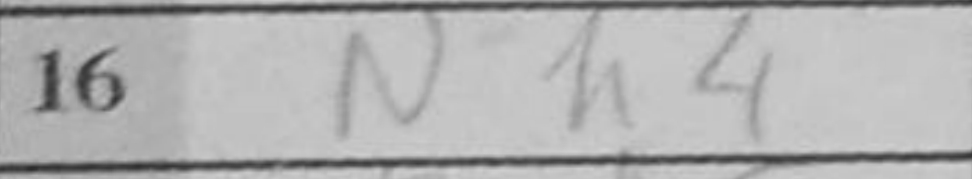
Transcription: Nh4